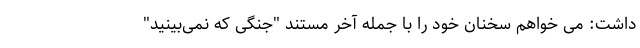
داشت: می خواهم سخنان خود را با جمله آخر مستند "جنگی که نمی‌بینید"